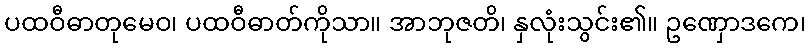
ပထဝီဓာတုမေဝ၊ ပထဝီဓာတ်ကိုသာ။ အာဘုဇတိ၊ နှလုံးသွင်း၏။ ဥဏှောဒကေ၊